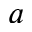
a